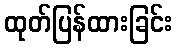
ထုတ်ပြန်ထားခြင်း